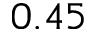
0 . 4 5